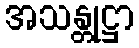
အသန္တုဋ္ဌာ